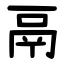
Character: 鬲